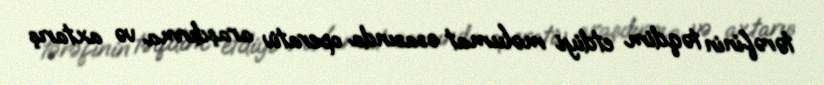
tərəfinin təqdim etdiyi məlumat əsasında operativ araşdırma və axtarış